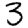
Digit: 3